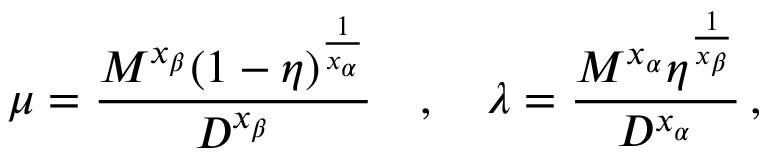
\mu = \frac { M ^ { x _ { \beta } } ( 1 - \eta ) ^ { \frac { 1 } { x _ { \alpha } } } } { D ^ { x _ { \beta } } } \quad , \quad \lambda = \frac { M ^ { x _ { \alpha } } \eta ^ { \frac { 1 } { x _ { \beta } } } } { D ^ { x _ { \alpha } } } \, ,